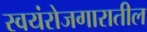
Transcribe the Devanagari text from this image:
स्वयंरोजगारातील